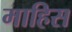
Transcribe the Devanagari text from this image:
माहिस